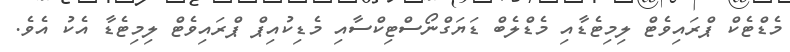
މެޑްޓެކް ޕްރައިވެޓް ލިމިޓެޑާއި މެޑްލެބް ޑަޔަގްނޯސްޓިކްސާއި މެޑިކުއިޕް ޕްރައިވެޓް ލިމިޓެޑާ އެކު އެވެ.